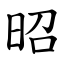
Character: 昭